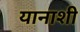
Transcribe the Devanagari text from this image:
यानाशी